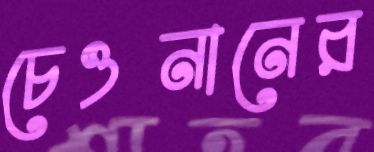
চেওনানের